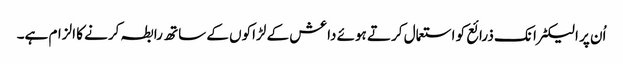
اُن پر الیکٹرانک ذرائع کو استعمال کرتے ہوئے داعش کے لڑاکوں کے ساتھ رابطہ کرنے کا الزام ہے۔